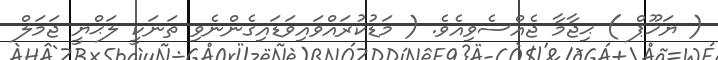
( ޔަޚޫޕް ) ޙިޖާމާ ޖެއްސެވިއެވެ. ( މަޑުކުރައްވައިވަޑައިގެންނެވި ތަނަކީ ލަޙްޔީ ޖަމަލް